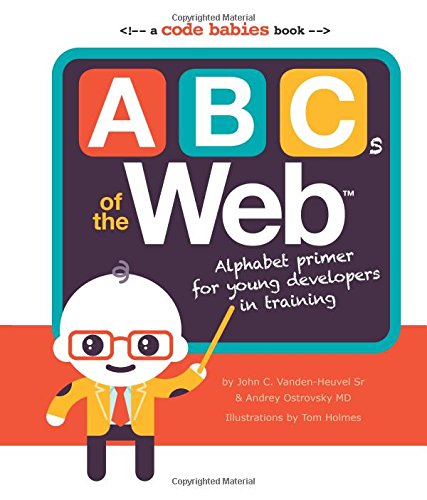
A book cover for ABCs of the Web: Alphabet Primer for Young Developers in Training; Andrey Ostrovsky MD; Children's Books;